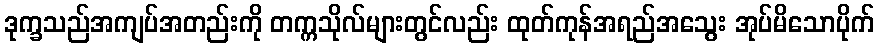
ဒုက္ခသည်အကျပ်အတည်းကို တက္ကသိုလ်များတွင်လည်း ထုတ်ကုန်အရည်အသွေး အုပ်မိသောပိုက်